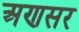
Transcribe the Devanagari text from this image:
अणसर